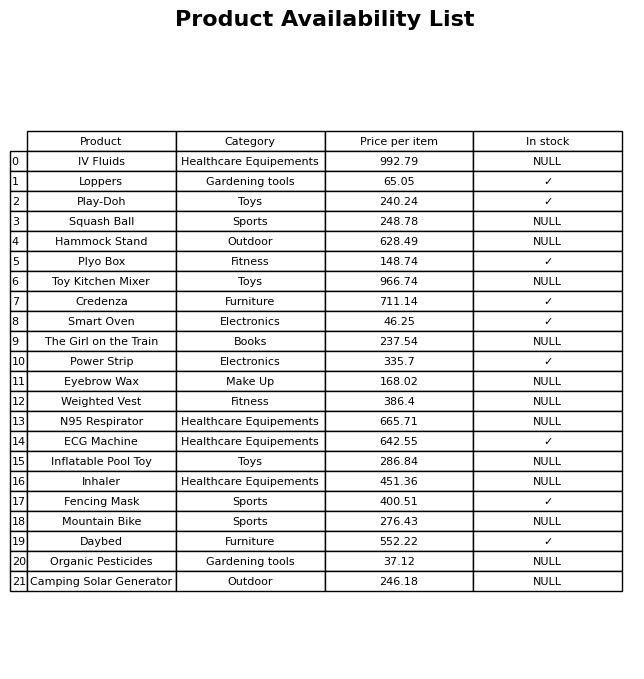
question: What is the price for Smart Oven?
answer: The price of Smart Oven is 46.25.